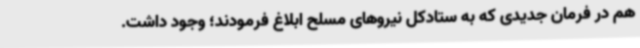
هم در فرمان جدیدی که به ستادکل نیروهای مسلح ابلاغ فرمودند؛ وجود داشت.